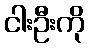
ငါးဦးကို